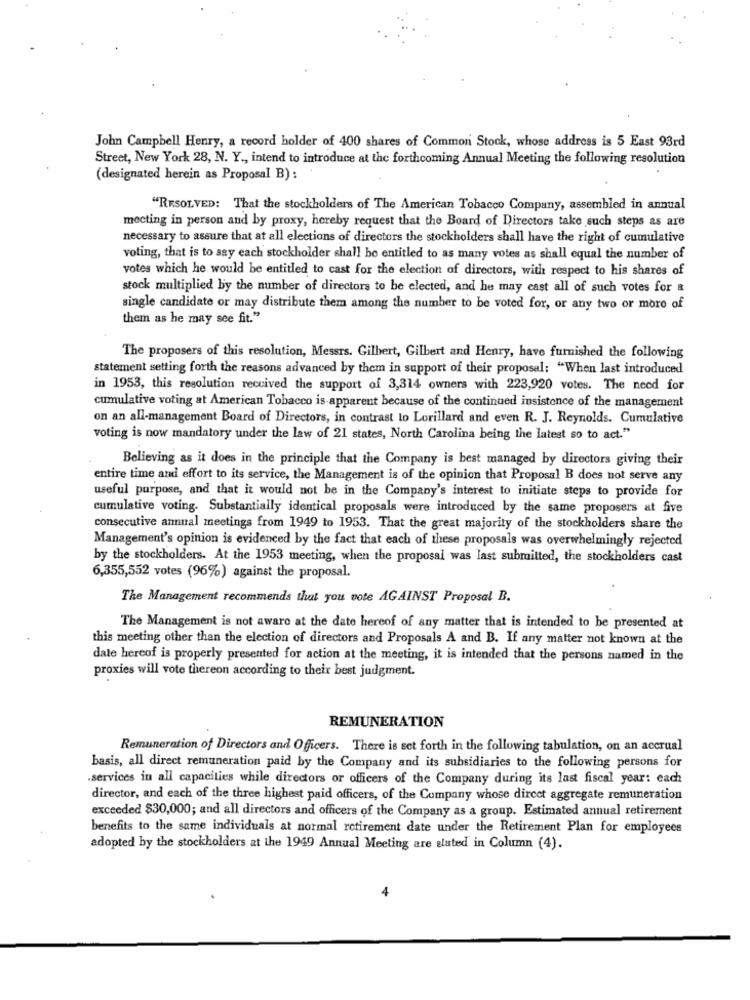
John Campbell Henry, a record holder of 400 shares of Common Stock, whose address is 5 East 93rd
Street, New York 28, N. Y ., intend to introduce at the forthcoming Annual Meeting the following resolution
(designated herein as Proposal B) :
"RESOLVED: That the stockholders of The American Tobacco Company, assembled in annual
meeting in person and by proxy, hereby request that the Board of Directors take such steps as are
necessary to assure that at all elections of directors the stockholders shall have the right of cumulative
voting, that is to say each stockholder shall be entitled to as many votes as shall equal the number of
votes which he would be entitled to cast for the election of directors, with respect to his shares of
stock multiplied by the number of directors to be elected, and he may cast all of such votes for &
single candidate or may distribute them among the number to be voted for, or any two or more of
them as he may see fit."
The proposers of this resolution, Messrs. Gilbert, Gilbert and Henry, have furnished the following
statement setting forth the reasons advanced by them in support of their proposal: "When last introduced
in 1953, this resolution received the support of 3,314 owners with 223,920 votes. The need for
cumulative voting at American Tobacco is-apparent because of the continued insistence of the management
on an all-management Board of Directors, in contrast lo Lorillard and even R. J. Reynolds. Cumulative
voting is now mandatory under the law of 21 states, North Carolina being the latest so to act."
Believing as it does in the principle that the Company is best managed by directors giving their
entire time and effort to its service, the Management is of the opinion that Proposal B does not serve any
useful purpose, and that it would not be in the Company's interest to initiate steps to provide for
cumulative voting. Substantially identical proposals were introduced by the same proposers at five
consecutive annual meetings from 1949 to 1953. That the great majority of the stockholders share the
Management's opinion is evidenced by the fact that each of these proposals was overwhelmingly rejected
by the stockholders. At the 1953 meeting, when the proposal was last submitted, the stockholders cast
6,355,552 votes (96%) against the proposal.
The Management recommends that you vote AGAINST Proposal B.
The Management is not aware at the date hereof of any matter that is intended to be presented at
this meeting other than the election of directors and Proposals A and B. If any matter not known at the
date hereof is properly presented for action at the meeting, it is intended that the persons named in the
proxies will vote thereon according to their best judgment.
REMUNERATION
Remuneration of Directors and Officers. There is set forth in the following tabulation, on an accrual
basis, all direct remuneration paid by the Company and its subsidiaries to the following persons for
.services in all capacities while directors or officers of the Company during its last fiscal year: each
director, and each of the three highest paid officers, of the Company whose dircet aggregate remuneration
exceeded $30,000; and all directors and officers of the Company as a group. Estimated annual retirement
benefits to the same individuals at normal retirement date under the Retirement Plan for employees
adopted by the stockholders at the 1949 Annual Meeting are eluted in Column (4).
4